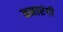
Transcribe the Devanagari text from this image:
बनाएंगी